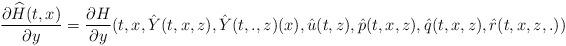
LaTeX: \begin{align*}\frac{\partial \widehat{H}(t,x)}{\partial y}=\frac{\partial H}{\partial y}(t,x,\hat{Y}(t,x,z),\hat{Y}(t,.,z)(x),\hat{u}(t,z),\hat{p}(t,x,z),\hat{q}(t,x,z),\hat{r}(t,x,z,.))\end{align*}